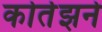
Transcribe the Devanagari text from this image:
कोर्तझने